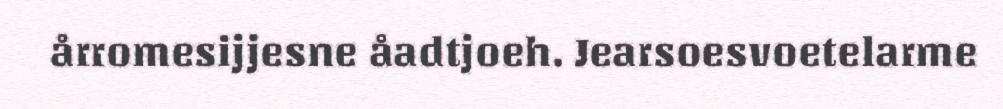
årromesijjesne åadtjoeh. Jearsoesvoetelarme